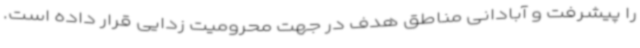
را پیشرفت و آبادانی مناطق هدف در جهت محرومیت زدایی قرار داده است.